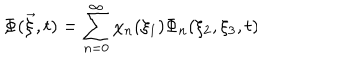
\Phi ( \vec { \xi } , t ) = \sum _ { n = 0 } ^ { \infty } \chi _ { n } ( \xi _ { 1 } ) \Phi _ { n } ( \xi _ { 2 } , \xi _ { 3 } , t ) \hspace { 0 . 1 5 c m } ,